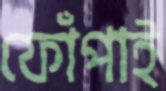
ফোঁপাই